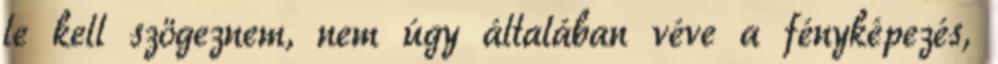
le kell szögeznem, nem úgy általában véve a fényképezés,